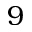
9